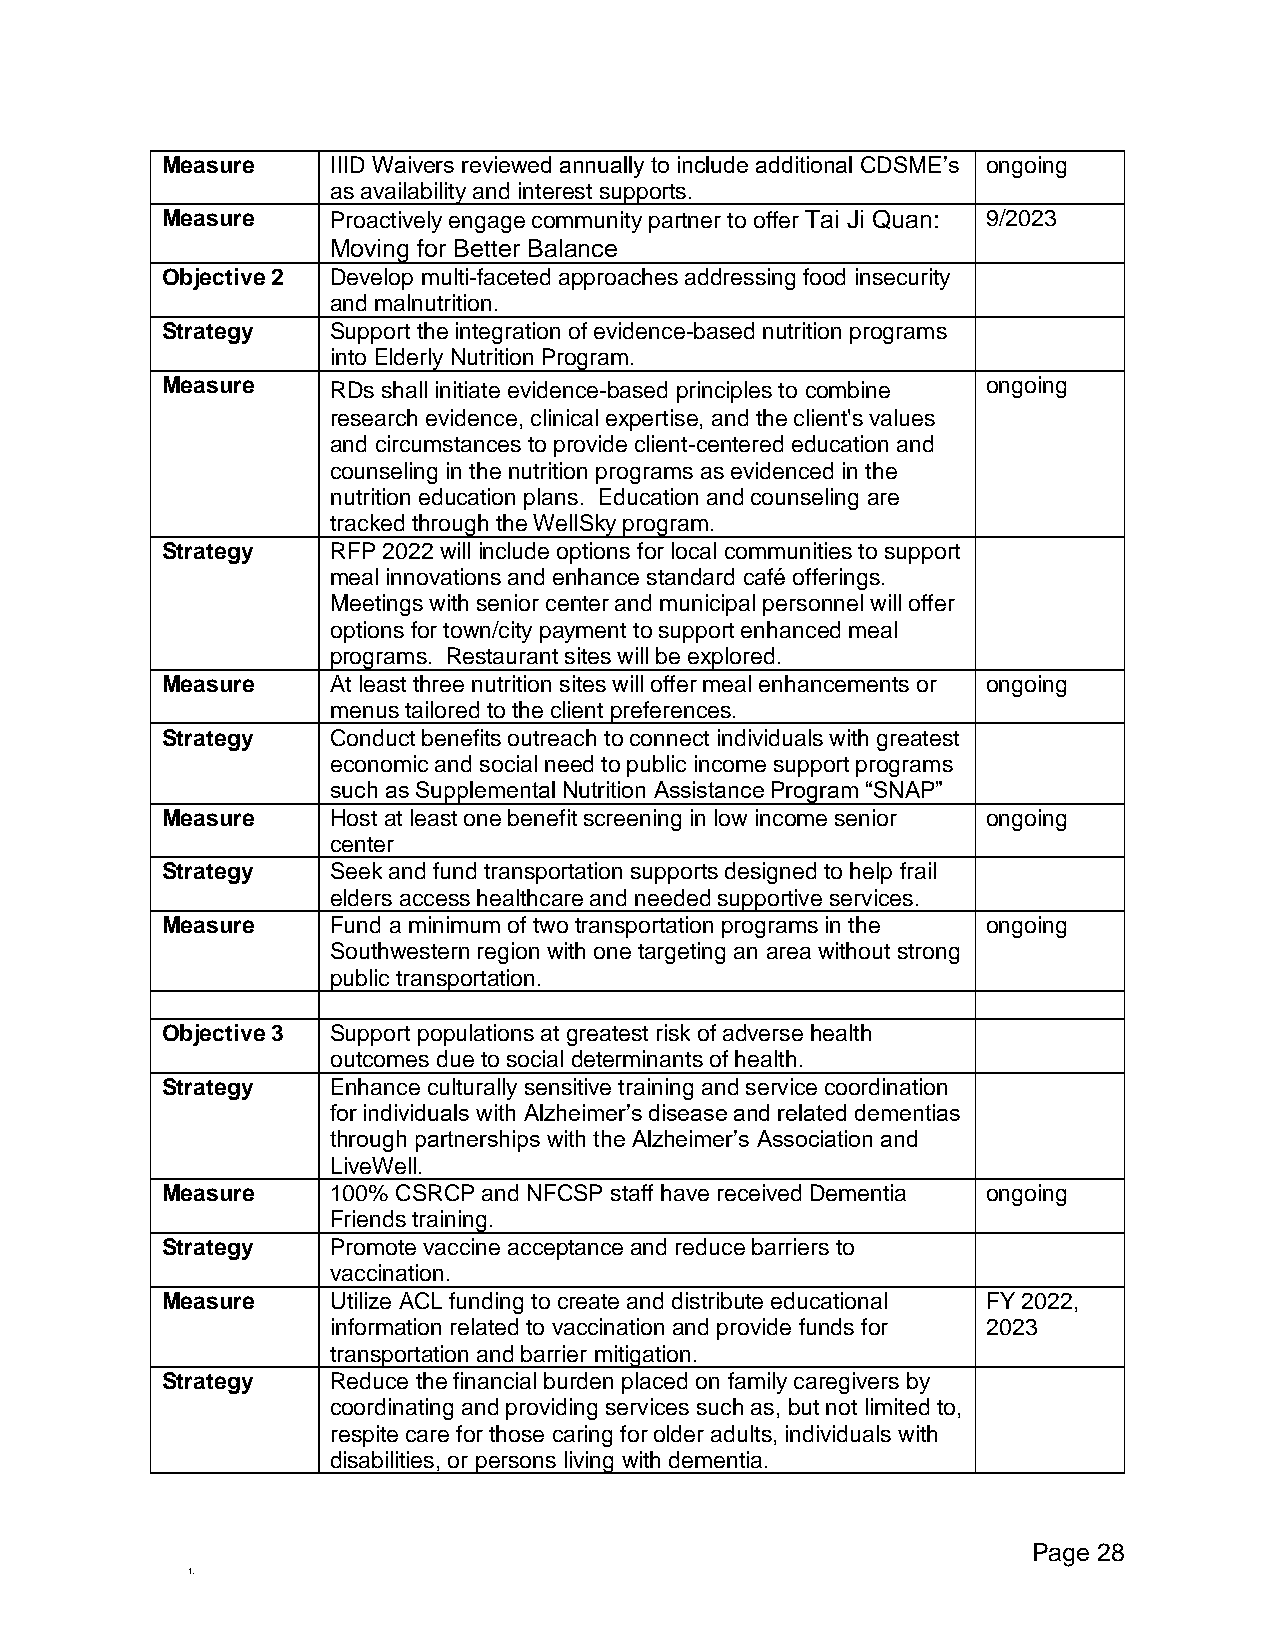
Measure    IIID Waivers reviewed annually to include additional CDSME’s ongoing
 as availability and interest supports.
 Measure    Proactively engage community partner to offer Tai Ji Quan: 9/2023
 Moving for Better Balance
 Objective 2 Develop multi-faceted approaches addressing food insecurity
 and malnutrition.
 Strategy   Support the integration of evidence-based nutrition programs
 into Elderly Nutrition Program.
 Measure    RDs shall initiate evidence-based principles to combine ongoing
 research evidence, clinical expertise, and the client's values
 and circumstances to provide client-centered education and
 counseling in the nutrition programs as evidenced in the
 nutrition education plans. Education and counseling are
 tracked through the WellSky program.
 Strategy   RFP 2022 will include options for local communities to support
 meal innovations and enhance standard café offerings.
 Meetings with senior center and municipal personnel will offer
 options for town/city payment to support enhanced meal
 programs. Restaurant sites will be explored.
 Measure    At least three nutrition sites will offer meal enhancements or ongoing
 menus tailored to the client preferences.
 Strategy   Conduct benefits outreach to connect individuals with greatest
 economic and social need to public income support programs
 such as Supplemental Nutrition Assistance Program “SNAP”
 Measure    Host at least one benefit screening in low income senior ongoing
 center
 Strategy   Seek and fund transportation supports designed to help frail
 elders access healthcare and needed supportive services.
 Measure    Fund a minimum of two transportation programs in the ongoing
 Southwestern region with one targeting an area without strong
 public transportation.
 Objective 3 Support populations at greatest risk of adverse health
 outcomes due to social determinants of health.
 Strategy   Enhance culturally sensitive training and service coordination
 for individuals with Alzheimer’s disease and related dementias
 through partnerships with the Alzheimer’s Association and
 LiveWell.
 Measure    100% CSRCP and NFCSP staff have received Dementia ongoing
 Friends training.
 Strategy   Promote vaccine acceptance and reduce barriers to
 vaccination.
 Measure    Utilize ACL funding to create and distribute educational FY 2022,
 information related to vaccination and provide funds for 2023
 transportation and barrier mitigation.
 Strategy   Reduce the financial burden placed on family caregivers by
 coordinating and providing services such as, but not limited to,
 respite care for those caring for older adults, individuals with
 disabilities, or persons living with dementia.
 Page 28
 1.